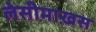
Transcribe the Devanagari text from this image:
लेसीमाख़स